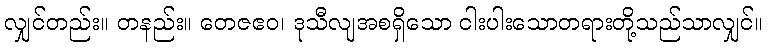
လျှင်တည်း။ တနည်း။ တေဇဧဝ၊ ဒုသီလျအစရှိသော ငါးပါးသောတရားတို့သည်သာလျှင်။